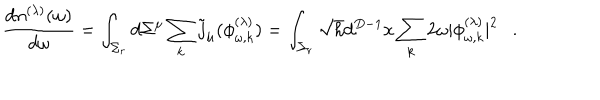
{ \frac { d n ^ { ( \lambda ) } ( \omega ) } { d \omega } } = \int _ { \Sigma _ { r } } d \Sigma ^ { \mu } \sum _ { k } \tilde { j } _ { \mu } ( \phi _ { \omega , k } ^ { ( \lambda ) } ) = \int _ { \Sigma _ { r } } \sqrt { h } d ^ { D - 1 } x \sum _ { k } 2 \omega | \phi _ { \omega , k } ^ { ( \lambda ) } | ^ { 2 } .